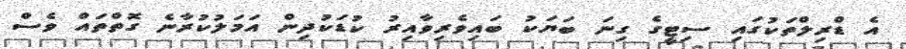
އެ ޑްރިލްތަކުގައި ސިޓީގެ ގިނަ ބަޔަކު ބައިވެރިވާއިރު ކުޑަކުދިން އަމަލުކުރާނެ ގޮތްތައް ވެސް